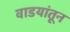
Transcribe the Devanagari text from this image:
वाडयांतून